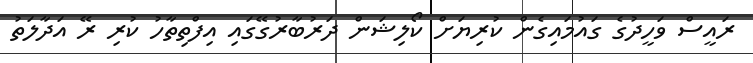
ރައީސް ވަހީދުގެ ގައުމައިގެން ކުރިޔަށް ކޯލިޝަން ދަރުބާރުގޭގައި އިފްތިތާހު ކުރި ރޭ އަދާލަތު